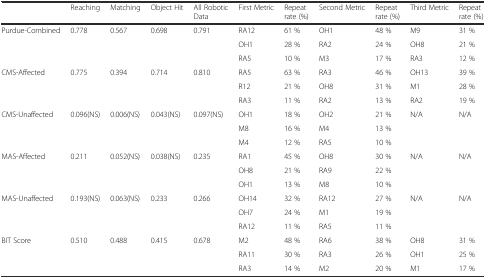
<table><thead><tr><td></td><td><b>Reaching</b></td><td><b>Matching</b></td><td><b>Object Hit</b></td><td><b>All Robotic Data</b></td><td><b>First Metric</b></td><td><b>Repeat rate (%)</b></td><td><b>Second Metric</b></td><td><b>Repeat rate (%)</b></td><td><b>Third Metric</b></td><td><b>Repeat rate (%)</b></td></tr></thead><tbody><tr><td rowspan="3">Purdue-Combined</td><td rowspan="3">0.778</td><td rowspan="3">0.567</td><td rowspan="3">0.698</td><td rowspan="3">0.791</td><td>RA12</td><td>61 %</td><td>OH1</td><td>48 %</td><td>M9</td><td>31 %</td></tr><tr><td>OH1</td><td>28 %</td><td>RA2</td><td>24 %</td><td>OH8</td><td>21 %</td></tr><tr><td>RA5</td><td>10 %</td><td>M3</td><td>17 %</td><td>RA3</td><td>12 %</td></tr><tr><td rowspan="3">CMS-Affected</td><td rowspan="3">0.775</td><td rowspan="3">0.394</td><td rowspan="3">0.714</td><td rowspan="3">0.810</td><td>RA5</td><td>63 %</td><td>RA3</td><td>46 %</td><td>OH13</td><td>39 %</td></tr><tr><td>R12</td><td>21 %</td><td>OH8</td><td>31 %</td><td>M1</td><td>28 %</td></tr><tr><td>RA3</td><td>11 %</td><td>RA2</td><td>13 %</td><td>RA2</td><td>19 %</td></tr><tr><td rowspan="3">CMS-Unaffected</td><td rowspan="3">0.096(NS)</td><td rowspan="3">0.006(NS)</td><td rowspan="3">0.043(NS)</td><td rowspan="3">0.097(NS)</td><td>OH1</td><td>18 %</td><td>OH2</td><td>21 %</td><td>N/A</td><td>N/A</td></tr><tr><td>M8</td><td>16 %</td><td>M4</td><td>13 %</td><td></td><td></td></tr><tr><td>M4</td><td>12 %</td><td>RA5</td><td>10 %</td><td></td><td></td></tr><tr><td rowspan="3">MAS-Affected</td><td rowspan="3">0.211</td><td rowspan="3">0.052(NS)</td><td rowspan="3">0.038(NS)</td><td rowspan="3">0.235</td><td>RA1</td><td>45 %</td><td>OH8</td><td>30 %</td><td>N/A</td><td>N/A</td></tr><tr><td>OH8</td><td>21 %</td><td>RA9</td><td>22 %</td><td></td><td></td></tr><tr><td>OH1</td><td>13 %</td><td>M8</td><td>10 %</td><td></td><td></td></tr><tr><td rowspan="3">MAS-Unaffected</td><td rowspan="3">0.193(NS)</td><td rowspan="3">0.063(NS)</td><td rowspan="3">0.233</td><td rowspan="3">0.266</td><td>OH14</td><td>32 %</td><td>RA12</td><td>27 %</td><td>N/A</td><td>N/A</td></tr><tr><td>OH7</td><td>24 %</td><td>M1</td><td>19 %</td><td></td><td></td></tr><tr><td>RA12</td><td>11 %</td><td>RA5</td><td>11 %</td><td></td><td></td></tr><tr><td rowspan="3">BIT Score</td><td rowspan="3">0.510</td><td rowspan="3">0.488</td><td rowspan="3">0.415</td><td rowspan="3">0.678</td><td>M2</td><td>48 %</td><td>RA6</td><td>38 %</td><td>OH8</td><td>31 %</td></tr><tr><td>RA11</td><td>30 %</td><td>RA3</td><td>26 %</td><td>OH1</td><td>25 %</td></tr><tr><td>RA3</td><td>14 %</td><td>M2</td><td>20 %</td><td>M1</td><td>17 %</td></tr></tbody></table>